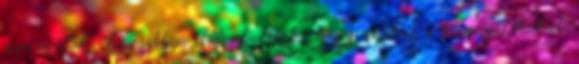
ezen múlik. Ez esetben előfordulhat, hogy azokat a bizonyítékokat